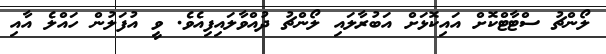
ލޯންޗު ސްޓާޓްކޮށް އައިކޮޅަށް އަބުރާލައި ލޯންޗު ދުއްވާލައިފިއެވެ. ވީ އުފަލުން ހައްލެ އާއި